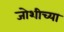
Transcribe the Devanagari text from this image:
जोशीच्या